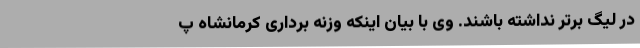
در لیگ برتر نداشته باشند. وی با بیان اینکه وزنه برداری کرمانشاه پ